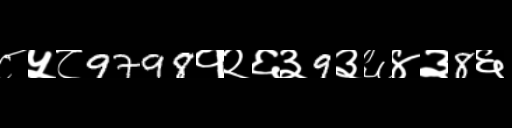
Text: ८५८9798१२६३9३६४३8६